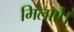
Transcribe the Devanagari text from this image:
मिलाऐं।